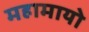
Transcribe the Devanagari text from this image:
महामायो